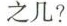
之几?